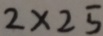
2 \times 2 5